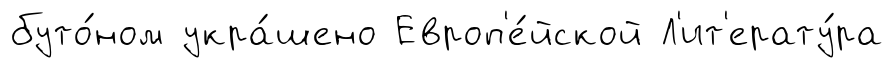
буто́ном укра́шено Европ'е́йской Л'ит'ерату́ра